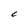
Character: C